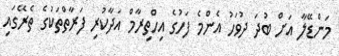
މަންޑޭލާ އަށް ބުދަ ދުވަހު އެންމެ ފަހުގެ އިހްތިރާމް އަދާކުރި ފަރާތްތަކުގެ ތެރޭގައި